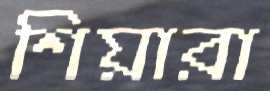
শিয়ারা